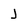
Character: J